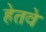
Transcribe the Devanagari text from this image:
हेतवे